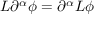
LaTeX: L \partial ^ { \alpha } \phi = \partial ^ { \alpha } L \phi